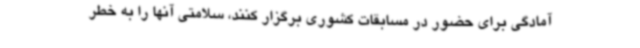
آمادگی برای حضور در مسابقات کشوری برگزار کنند، سلامتی آنها را به خطر